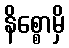
နိစ္စောမှိ